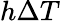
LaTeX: h\Delta T